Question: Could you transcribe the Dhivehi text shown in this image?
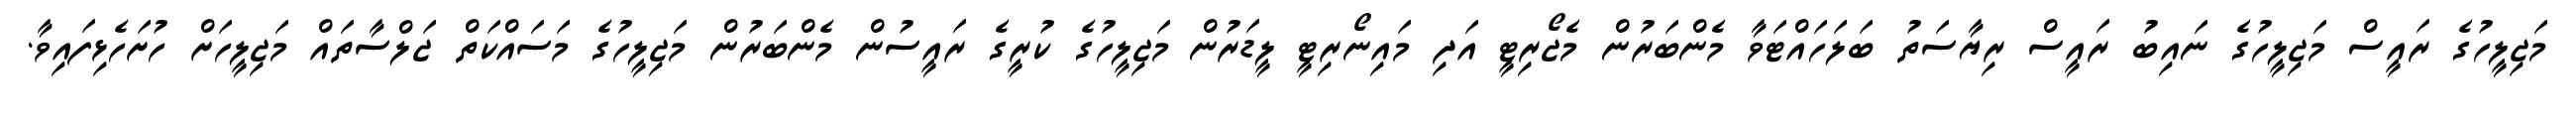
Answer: މަޖިލީހުގެ ރައީސް މަޖިލީހުގެ ނައިބު ރައީސް ރިޔާސަތު ބަލަހައްޓަވާ މެންބަރުން މެޖޯރިޓީ އަދި މައިނޯރިޓީ ލީޑަރުން މަޖިލީހުގެ ކުރީގެ ރައީސުން މެންބަރުން މަޖިލީހުގެ މަސައްކަތް ޖަލްސާތައް މަޖިލީހަށް ހުށަހެޅިފައިވާ.